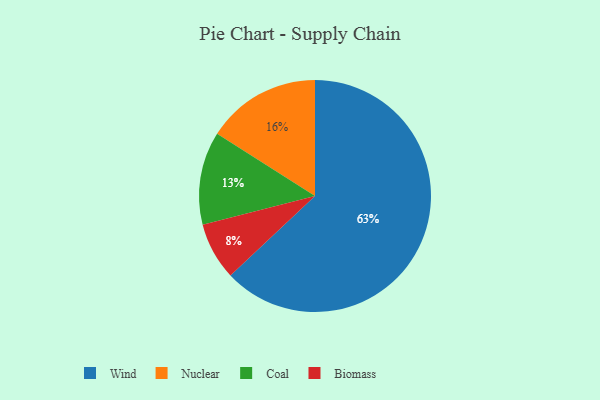
{"axis": {"x": "Category", "y": "Percentage"}, "legend": ["Biomass", "Coal", "Nuclear", "Wind"], "data": [{"x": "Wind", "y": 63, "type": "Wind"}, {"x": "Biomass", "y": 8, "type": "Biomass"}, {"x": "Nuclear", "y": 16, "type": "Nuclear"}, {"x": "Coal", "y": 13, "type": "Coal"}]}